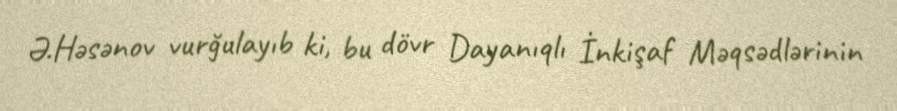
Ə.Həsənov vurğulayıb ki, bu dövr Dayanıqlı İnkişaf Məqsədlərinin